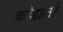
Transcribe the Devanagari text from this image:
कोडाली